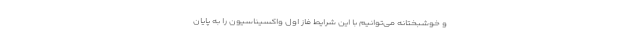
و خوشبختانه می‌توانیم با این شرایط فاز اول واکسیناسیون را به پایان